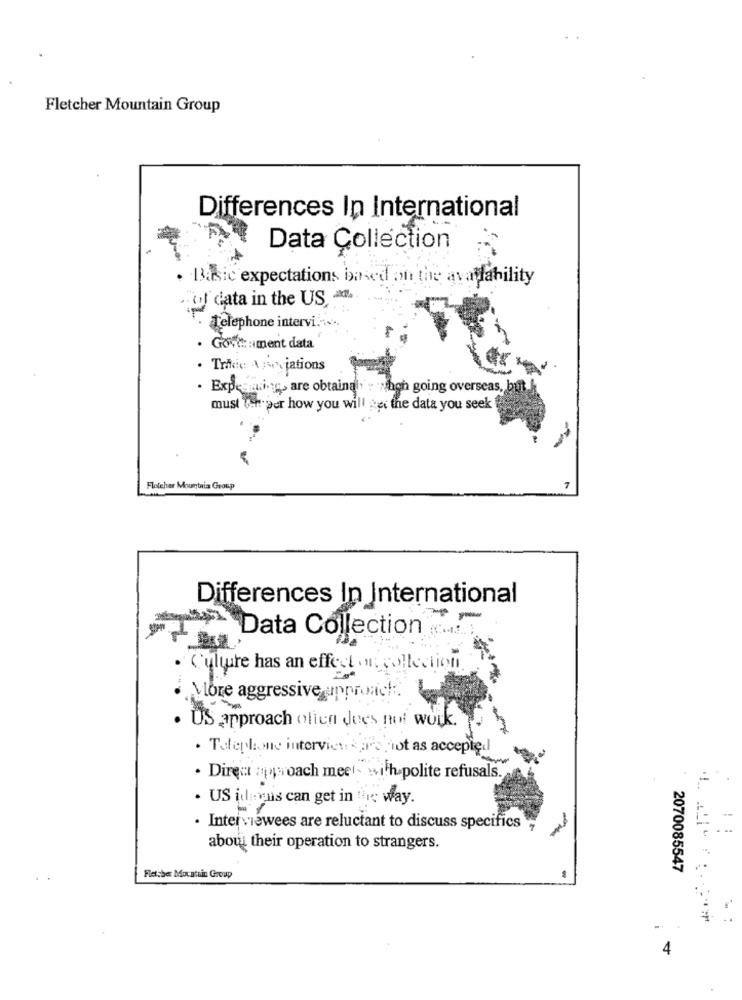
Fletcher Mountain Group
Differences In International
Data Collection
. Basic expectations based on the availability
ol data in the US
Telephone intervi ....
. Govt: : ment data
. Trice Associations
· Expecting, are obtainali : when going overseas, but
must ter per how you will see the data you seek
Fletcher Mountnia Group
7
Differences In International
Data Collection
· Culture has an effect on collection
More aggressive approach ..
. US approach olien Jees not work.
· Telephone interview kars pist as accepted
. Direct approach meet with polite refusals.
. US idsyns can get in "ic way.
· Interviewees are reluctant to discuss specifics
about their operation to strangers.
2070085547
Fletcher Mocatiin Group
4